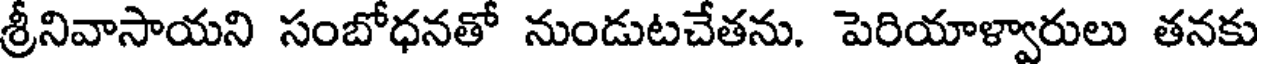
శ్రీనివాసాయని సంబోధనతో నుండుటచేతను. పెరియాళ్వారులు తనకు